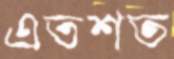
এতশত